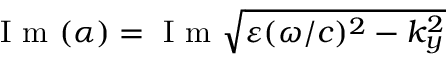
\mathrm { ~ I ~ m ~ } ( \alpha ) = \mathrm { ~ I ~ m ~ } \sqrt { \varepsilon ( \omega / c ) ^ { 2 } - k _ { y } ^ { 2 } }